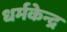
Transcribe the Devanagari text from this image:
धर्मकेन्द्र